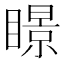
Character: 𥋓